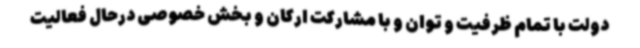
دولت با تمام ظرفیت و توان و با مشارکت ارکان و بخش خصوصی درحال فعالیت